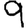
Digit: 9